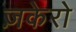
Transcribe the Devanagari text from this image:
ज़केरो